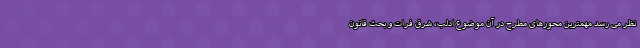
نظر می رسد مهمترین محورهای مطرح در آن موضوع ادلب، شرق فرات و بحث قانون